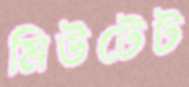
মিউটেট